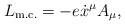
LaTeX: \begin{align*}L_{\textrm{m.c.}} = - e \dot x^\mu A_\mu,\end{align*}